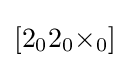
[2_{0}2_{0}{\times }_{0}]